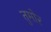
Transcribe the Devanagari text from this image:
तुमोर